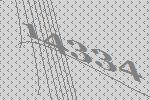
14334